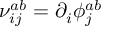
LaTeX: \nu _ { i j } ^ { a b } = \partial _ { i } \phi _ { j } ^ { a b }